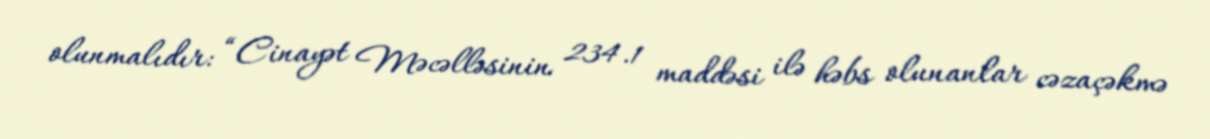
olunmalıdır: “Cinayət Məcəlləsinin 234.1 maddəsi ilə həbs olunanlar cəzaçəkmə